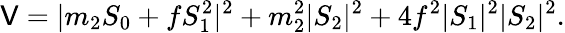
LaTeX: \mathsf{V}=|m_{2}S_{0}+fS_{1}^{2}|^{2}+m_{2}^{2}|S_{2}|^{2}+4f^{2}|S_{1}|^{2}|S_{2}|^{2}.